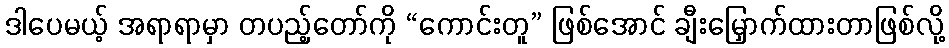
ဒါပေမယ့် အရာရာမှာ တပည့်တော်ကို “ကောင်းတူ” ဖြစ်အောင် ချီးမြှောက်ထားတာဖြစ်လို့